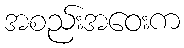
အစည်းအဝေးက